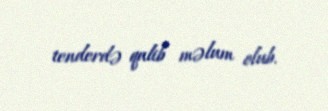
tenderdə qalib məlum olub.